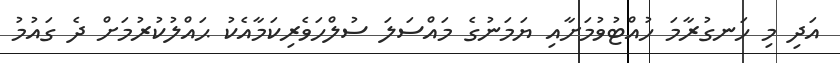
އަދި މި ހަނގުރާމަ ހުއްޓުވުމަށާއި ޔަމަނުގެ މައްސަލަ ސުލްހަވެރިކަމާއެކު ޙައްލުކުރުމަށް ދެ ގައުމު